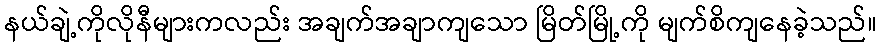
နယ်ချဲ့ကိုလိုနီများကလည်း အချက်အချာကျသော မြိတ်မြို့ကို မျက်စိကျနေခဲ့သည်။